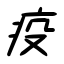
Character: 疫